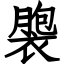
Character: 褜